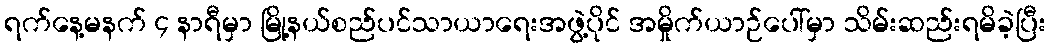
ရက်နေ့မနက် ၄ နာရီမှာ မြို့နယ်စည်ပင်သာယာရေးအဖွဲ့ပိုင် အမှိုက်ယာဉ်ပေါ်မှာ သိမ်းဆည်းရမိခဲ့ပြီး